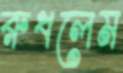
রুধলেম